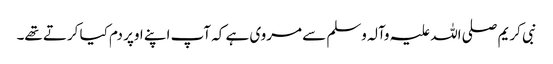
نبی کریم صلی اللہ علیہ وآلہ وسلم سے مروی ہے کہ آپ اپنے اوپر دم کیا کرتے تھے۔